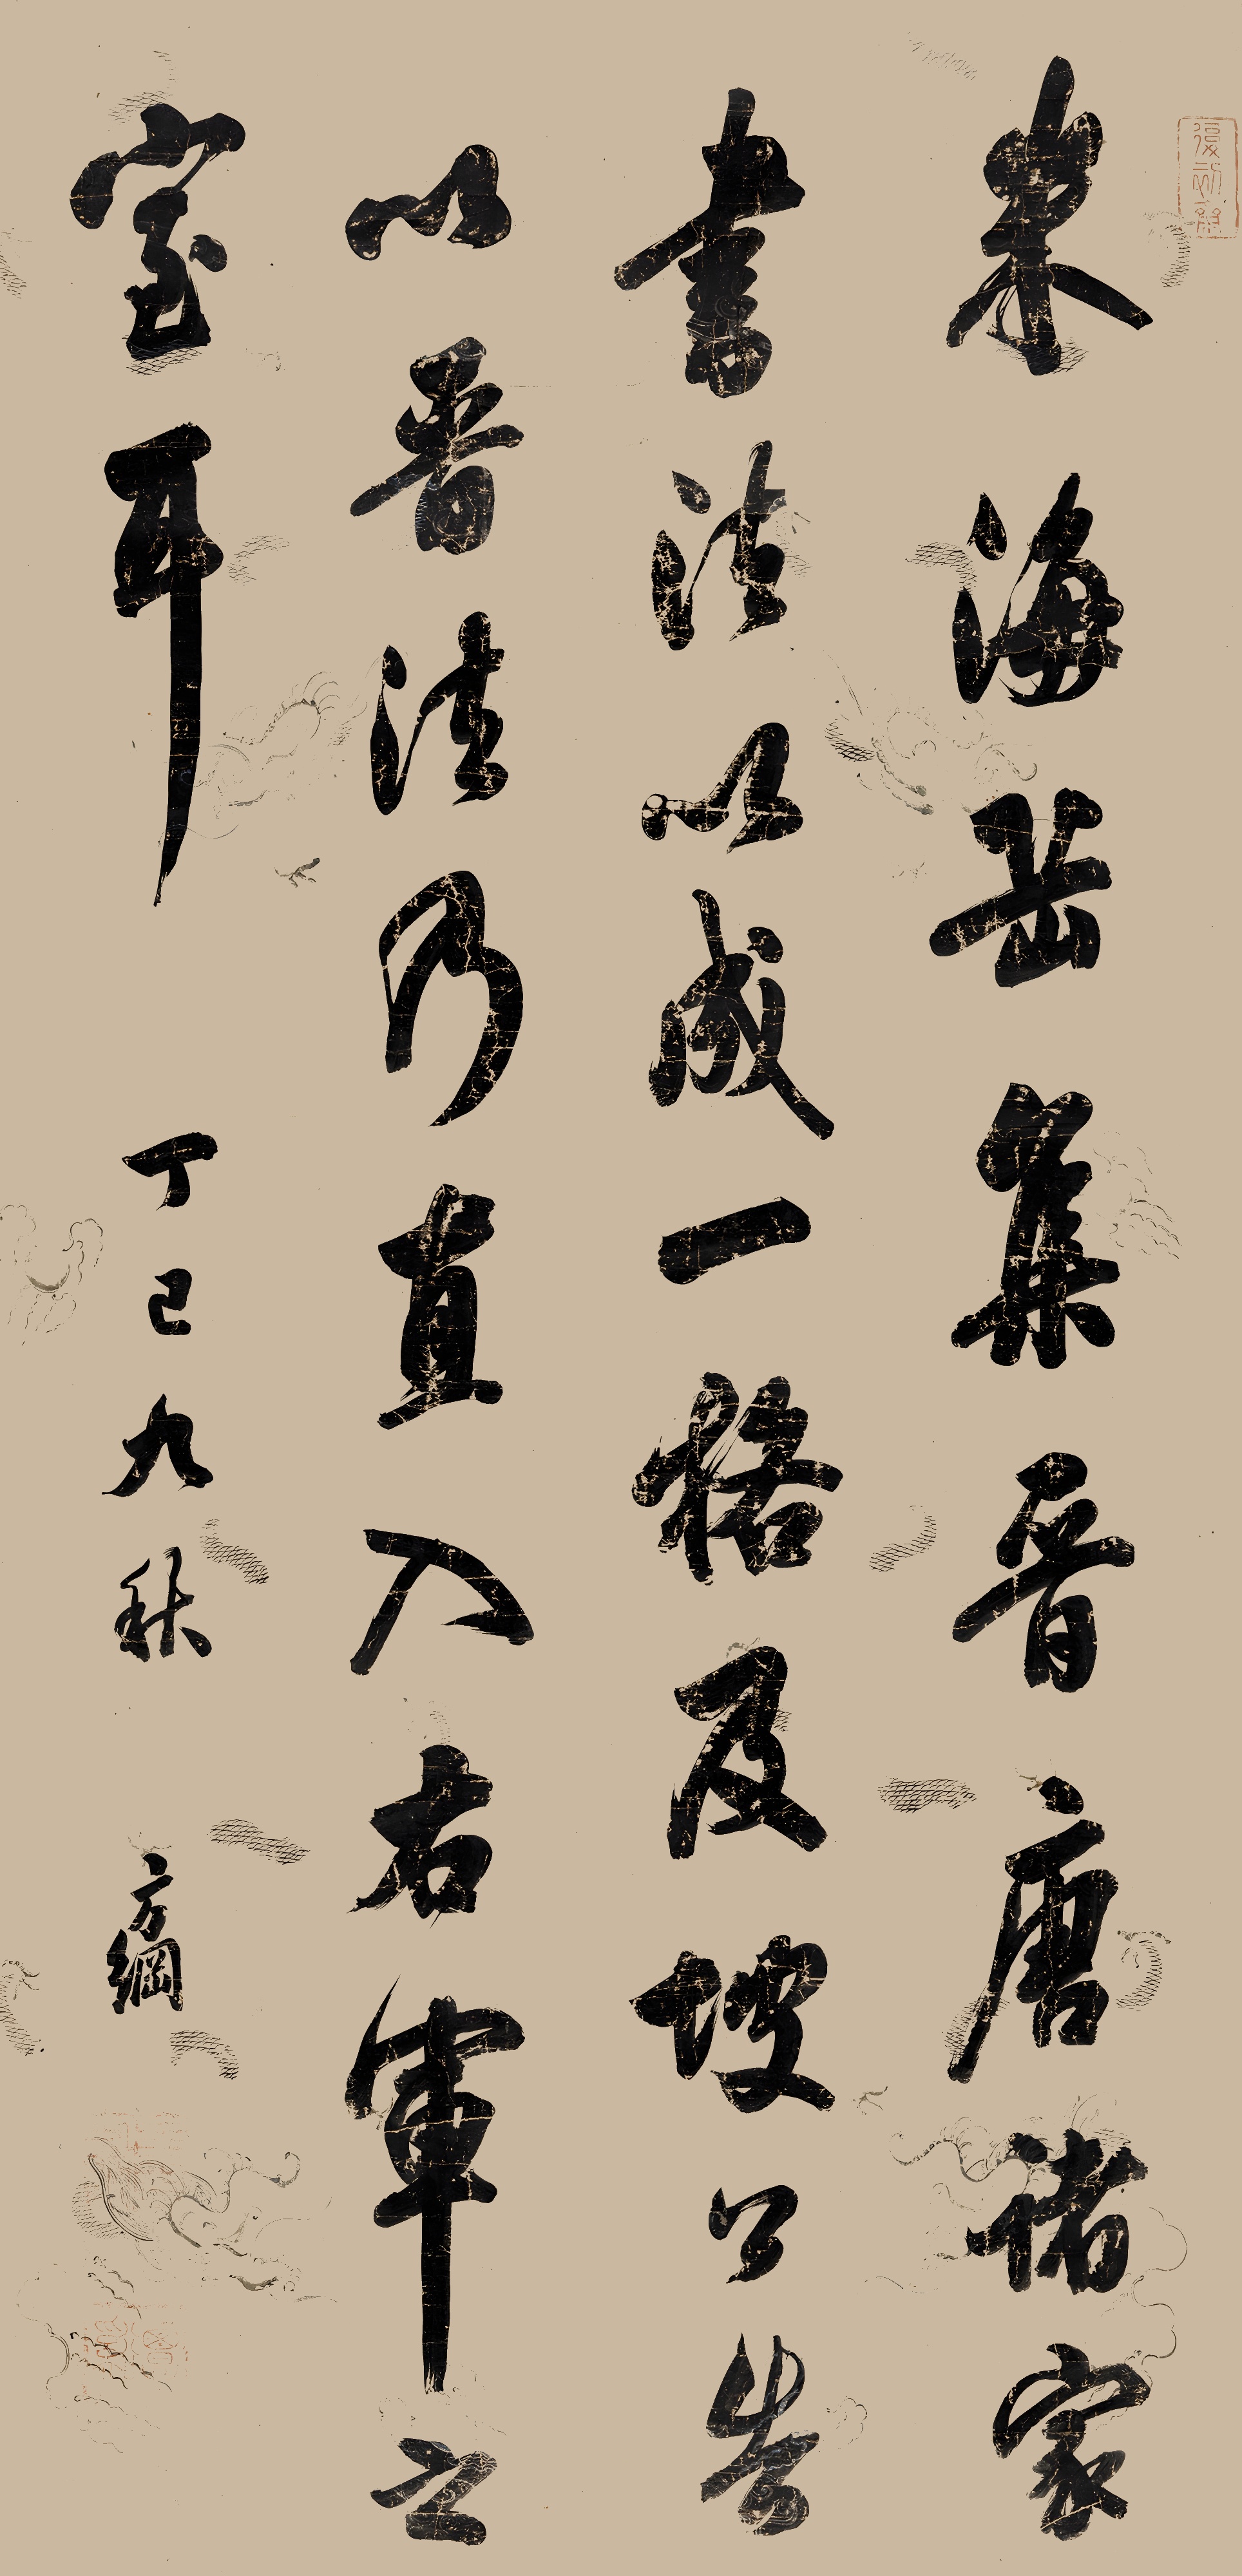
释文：米海岳集晋唐诸家书法以成一格，及坡公告以晋法，乃直入右军之室耳。丁巳九秋，方纲。